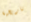
تاريخية